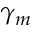
\gamma _ { m }